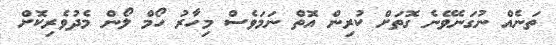
ތަނެއް ނުގަނެވޭނެ ގޮތަށް ކުރިން އޮތް ނަމަވެސް މިހާރު ހޯމް ލޯން މެދުވެރިކޮށް